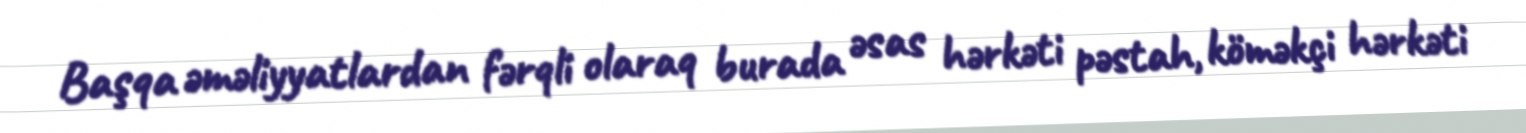
Başqa əməliyyatlardan fərqli olaraq burada əsas hərkəti pəstah, köməkçi hərkəti